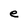
Character: e